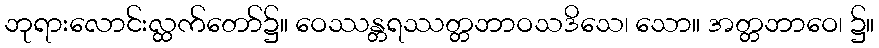
ဘုရားလောင်းလ္ထက်တော်၌။ ဝေဿန္တရဿတ္တဘာဝသဒိသေ၊ သော။ အတ္တဘာဝေ၊ ၌။